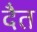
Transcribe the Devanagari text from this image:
दैत